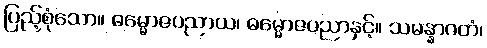
ပြည့်စုံသော။ ဓမ္မောဇပညာယ၊ ဓမ္မောဇပညာနှင့်။ သမန္နာဂတံ၊